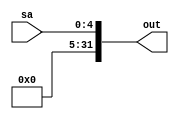
module SaExtend(
    input [4:0] sa,
    output wire [31:0] out
    );

	assign out = {{27{0}}, sa[4:0]};
endmodule